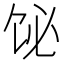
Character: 𫗣